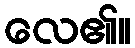
လေ၏။